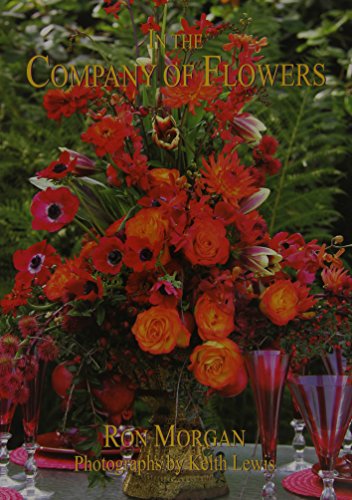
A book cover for In the Company of Flowers; Ron Morgan; Cookbooks, Food & Wine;